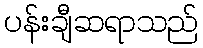
ပန်းချီဆရာသည်